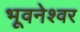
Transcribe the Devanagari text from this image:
भूवनेश्वर